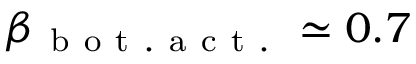
\beta _ { \mathrm { ~ b ~ o ~ t ~ . ~ a ~ c ~ t ~ . ~ } } \simeq 0 . 7